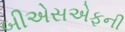
બીએસએફની